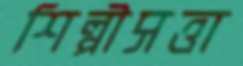
শিল্পীসত্তা